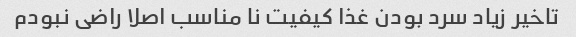
تاخیر زیاد سرد بودن غذا کیفیت نا مناسب اصلا راضی نبودم